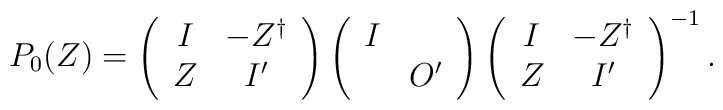
P_0(Z)=          \left(           \begin{array}{cc}               I & -Z^{\dag}  \\               Z & I' \\            \end{array}           \right)            \left(           \begin{array}{cc}               I &    \\                 & O' \\            \end{array}           \right)            \left(           \begin{array}{cc}               I & -Z^{\dag} \\               Z & I' \\            \end{array}           \right)^{-1} .